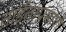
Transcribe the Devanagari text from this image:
ताईताप्रमाणे